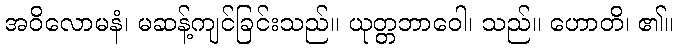
အဝိလောမနံ၊ မဆန့်ကျင်ခြင်းသည်။ ယုတ္တဘာဝေါ၊ သည်။ ဟောတိ၊ ၏။